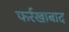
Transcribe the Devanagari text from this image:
फर्रखाबाद